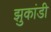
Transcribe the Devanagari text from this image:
झुकांडी